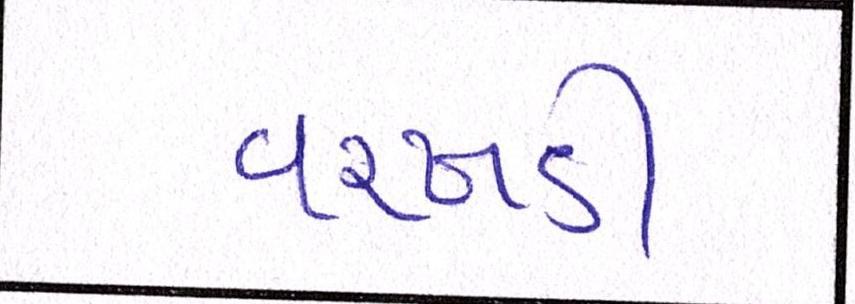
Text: વરખડી